Leningradi_Edasi_toimetus, lk 134
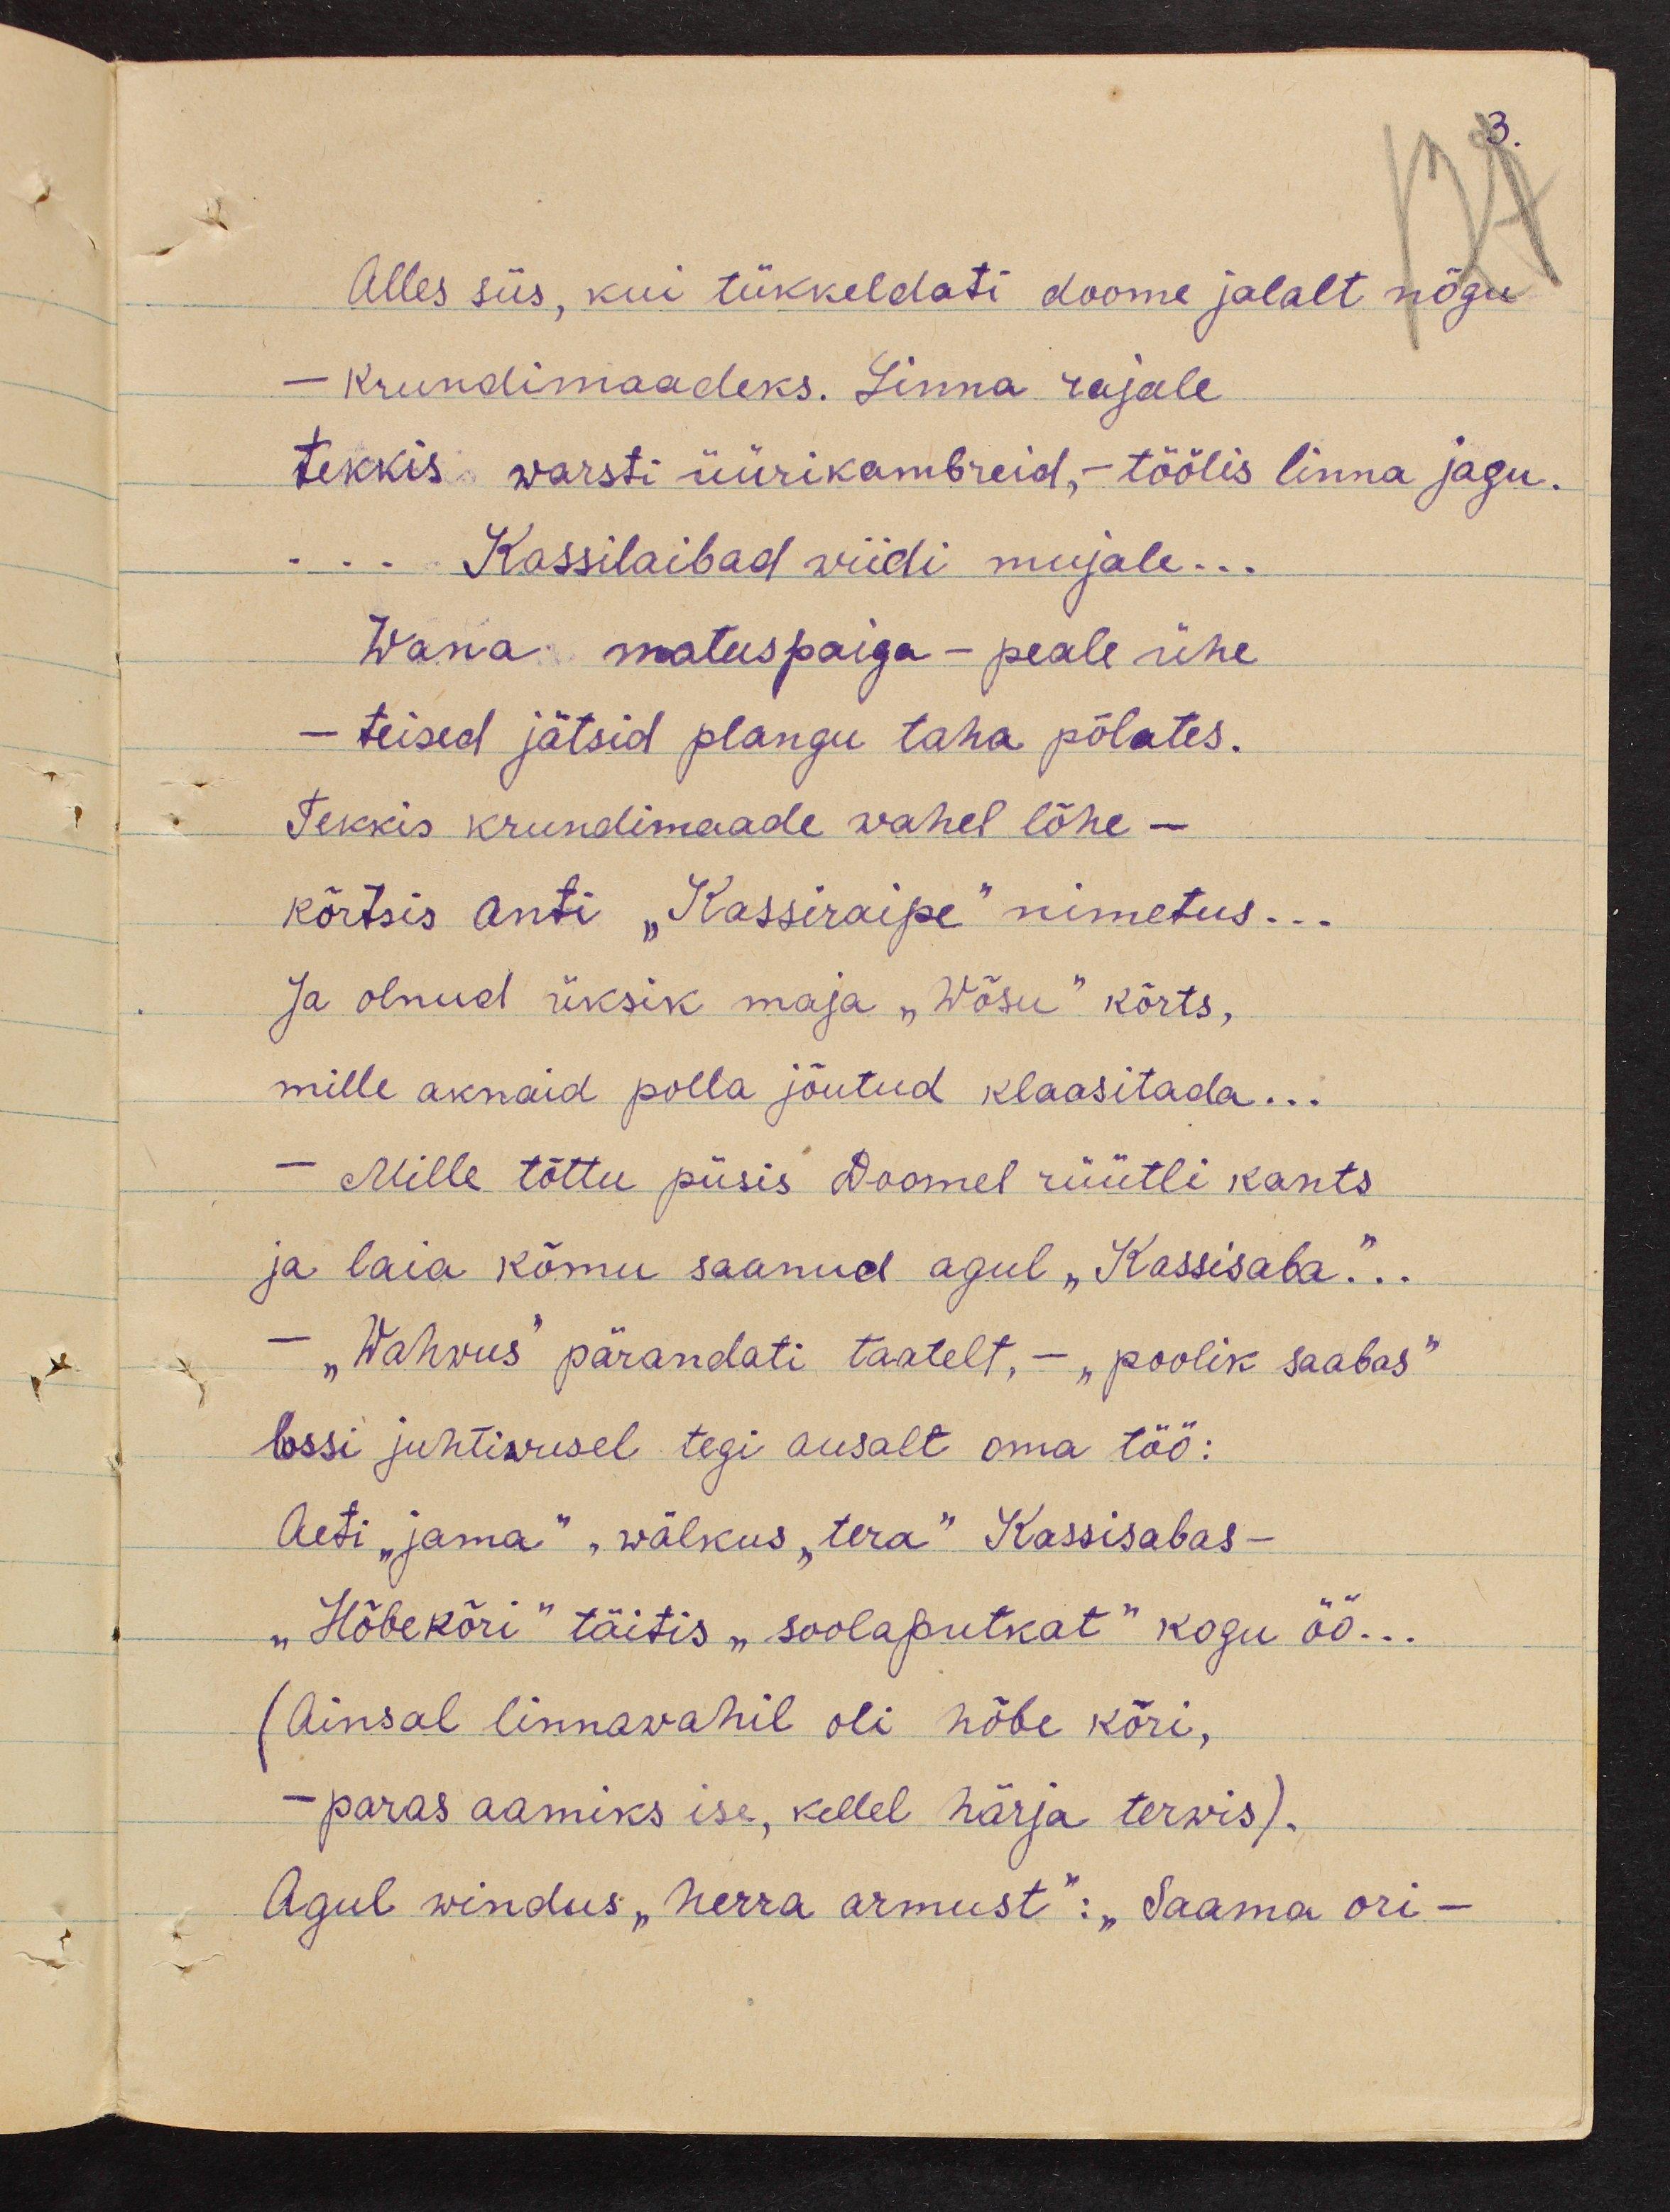
3.

Alles siis, kui tükkeldati doome jalalt nõgu
- krundimaadeks. Linna rajale.
tekkis warsti üürikambreid,- töölis linna jagu.
... Kassilaibad wiidi mujale...
Wana matuspaiga- peale ühe
- teised jätsid plangu taha põlates.
Tekkis krundimaade vahel lõhe-
kõrtsis anti "Kassiraipe" nimetus...
Ja olnud üksik maja "Wõsu" kõrts,
mille aknaid polla jõutud klaasitada...
Mille tõttu püsis Doomel rüütli kants
ja laia kõmu saanud agul "Kassisaba"...
- "Wahvus" pärandati taatelt, - "poolik saabas"
lossi juhtiwusel tegi ausalt oma töö:
Aeti "jama", wälkus "tera" Kassisabas-
"Hõbekõri" täitis "soolaputkat" kogu öö..
(Ainsal linnawahil oli hõbe kõri,
- paras aamiks ise, kellel härja terwis).
Agul windus "herra armust": "Saama ori-